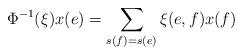
LaTeX: \begin{align*}\Phi^{-1}(\xi)x(e) = \sum_{s(f)=s(e)} \xi(e,f) x(f)\end{align*}